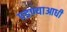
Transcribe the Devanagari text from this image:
पडण्याआधी